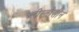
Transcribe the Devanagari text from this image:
प्लीस्तोसीन